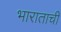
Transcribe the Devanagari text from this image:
भाराताची